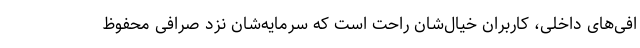
افی‌های داخلی، کاربران خیال‌شان راحت است که سرمایه‌شان نزد صرافی محفوظ